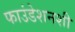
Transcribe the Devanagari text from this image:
फाउंडेशनशी